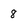
Character: 8